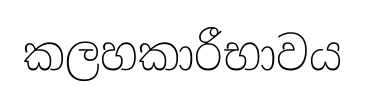
කලහකාරීභාවය